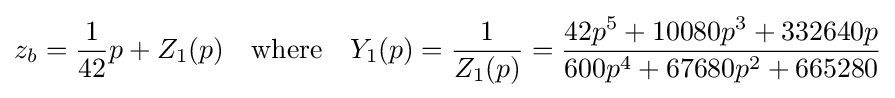
z_{b}={\frac {1}{42}}p+Z_{1}(p)\quad {\text{where}}\quad Y_{1}(p)={\frac {1}{Z_{1}(p)}}={\frac {42p^{5}+10080p^{3}+332640p}{600p^{4}+67680p^{2}+665280}}